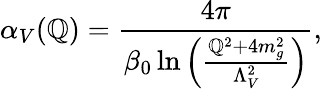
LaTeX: \alpha_{V}(\mathbb{Q})={\frac{{4\pi}}{{\beta_{0}\ln\left({\frac{{\mathbb{Q}^{2}+4m_{g}^{2}}}{{\Lambda_{V}^{2}}}}\right)}}},